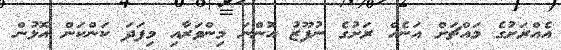
އެއްރަށުގެ މައްޗަށް އަނެއް ރަށުގެ ނުފޫޒު އޮންނަ މިންވަރާއި މިފަދަ ކަންކަން އޮޅުން